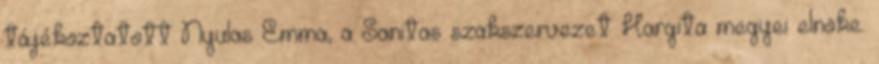
tájékoztatott Nyulas Emma, a Sanitas szakszervezet Hargita megyei elnöke.